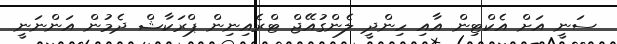
ސަނީ އަށް އެކްޓިން އާއި ހިންދީ ލެންގުއޭޖް ޓްރެއިނިން ޕްރަކާޝް ދެމުން އަންނަނީ